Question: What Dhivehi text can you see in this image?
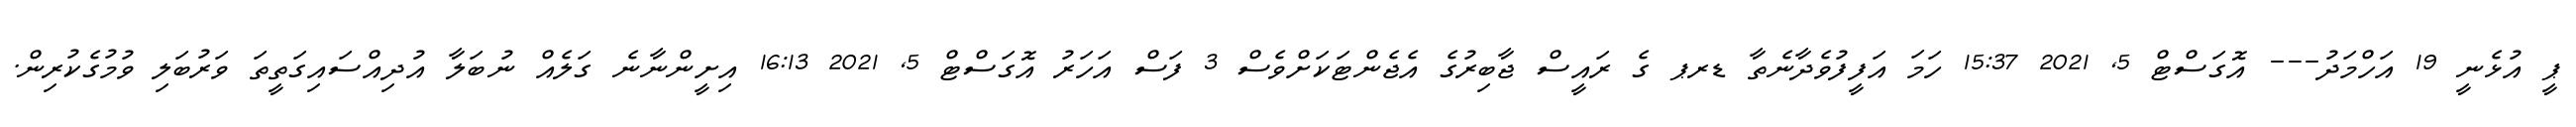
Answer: ޕީ އުޅެނީ 19 އަހްމަދު--- އޮގަސްޓް 5, 2021 15:37 ހަމަ އަފީފުވެދާނެތާ ޑރޕ ގެ ރައީސް ޖާބިރުގެ އެޖެންޓަކަށްވެސް 3 ފަސް އަހަރު އޮގަސްޓް 5, 2021 16:13 އިށީންނާނެ ގަލެއް ނުބަލާ އުދިއްސައިގަތީތަ ވަރުބަލި ވުމުގެކުރިން.